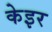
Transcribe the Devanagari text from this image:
केइर